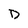
Character: D